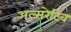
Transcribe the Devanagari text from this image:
अल्सरेटिव